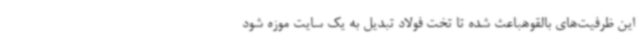
این ظرفیت‌های بالقوهباعث شده تا تخت فولاد تبدیل به یک سایت موزه شود